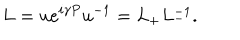
L = u e ^ { i \gamma P } u ^ { - 1 } = L _ { + } L _ { - } ^ { - 1 } .